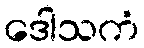
ဒေါသကံ